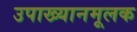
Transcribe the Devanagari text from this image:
उपाख्यानमूलक